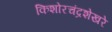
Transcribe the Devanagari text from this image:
किशोरचंद्रशेखरे